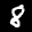
Label: 8